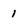
Character: 1